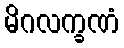
မိဂလက္ခဏံ